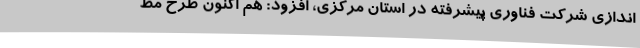
اندازی شرکت فناوری پیشرفته در استان مرکزی، افزود: هم اکنون طرح مط